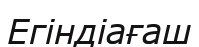
Егіндіағаш